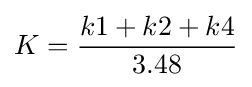
K={\frac {k1+k2+k4}{3.48}}